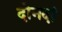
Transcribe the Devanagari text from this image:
दोनदां